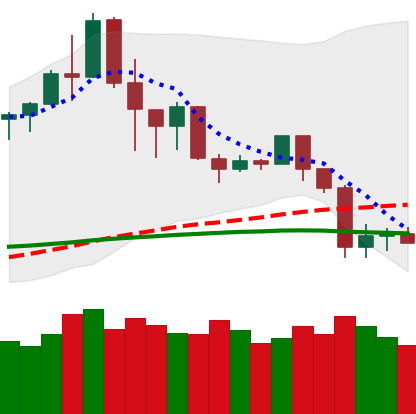
Ticker: TRX-USD
Chart end date: 2020-02-29
Forward return: 7.595%
Label: up_7plus